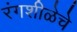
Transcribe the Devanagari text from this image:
रंगशीळेचे